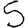
Digit: 5